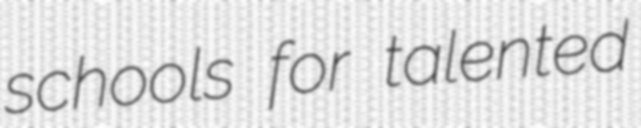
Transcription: schools for talented